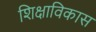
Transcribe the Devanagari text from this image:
शिक्षाविकास